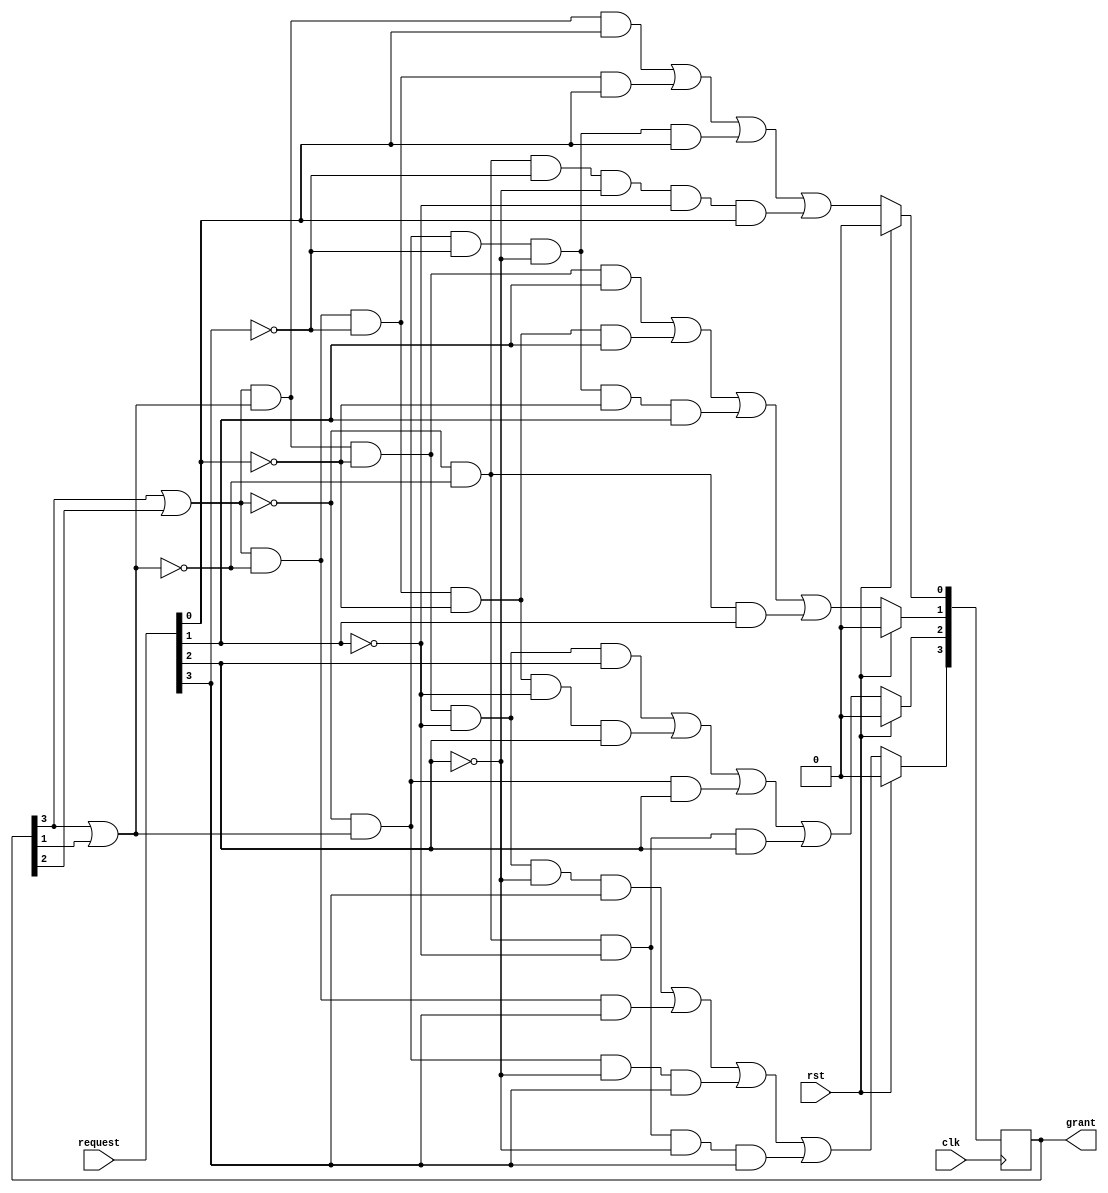
//EE382M-Verification of Digital Systems
//Lab 4 - Formal Property Verification
//
//
//Module - arbiter
//4-way round-robin arbiter

module arbiter(
    input clk,
    input rst,
    input  [3:0] request,
    output reg [3:0] grant
    );

wire [1:0] grant_encoded;
always @ (posedge clk)
    if(rst) begin
        grant[3:0] <= 4'h0;
    end else begin
        grant[0] <= (grant_encoded[1] & grant_encoded[0] & request[0]) |
                    (grant_encoded[1] & ~grant_encoded[0] & ~request[3] & request[0]) |
                    (~grant_encoded[1] & grant_encoded[0] & ~request[3] & ~request[2] & request[0]) |
                    (~grant_encoded[1] & ~grant_encoded[0] & ~request[3] & ~request[2] & ~request[1] & request[0]) ;
        grant[1] <= (grant_encoded[1] & grant_encoded[0] & ~request[0] & request[1]) |
                    (grant_encoded[1] & ~grant_encoded[0] & ~request[3] & ~request[0] & request[1]) |
                    (~grant_encoded[1] & grant_encoded[0] & ~request[3] & ~request[2] & ~request[0] & request[1]) |
                    (~grant_encoded[1] & ~grant_encoded[0] & request[1]) ;
        grant[2] <= (grant_encoded[1] & grant_encoded[0] & ~request[0] & ~request[1] & request[2]) |
                    (grant_encoded[1] & ~grant_encoded[0] & ~request[3] & ~request[0] & ~request[1] & request[2]) |
                    (~grant_encoded[1] & grant_encoded[0] & request[2]) |
                    (~grant_encoded[1] & ~grant_encoded[0] & ~request[1] & request[2]) ;
        grant[3] <= (grant_encoded[1] & grant_encoded[0] & ~request[0] & ~request[1] & ~request[2] & request[3]) |
                    (grant_encoded[1] & ~grant_encoded[0] & request[3]) |
                    (~grant_encoded[1] & grant_encoded[0] & ~request[2] & request[3]) |
                    (~grant_encoded[1] & ~grant_encoded[0] & ~request[1] & ~request[2] & request[3]) ;
    end

// encode the 4b grants to 2b
assign grant_encoded = {grant[3] | grant[2], grant[3] | grant[1]};

endmodule